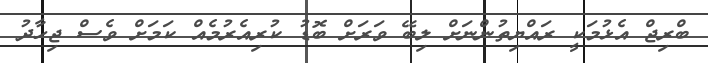
ބްރިޖް އެޅުމަކީ ރައްޔިތުންނަށް ލިބޭ ވަރަށް ބޮޑު ކުރިއެރުމެއް ކަމަށް ވެސް ޖިހާދު